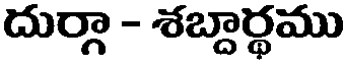
దుర్గా - శబ్దార్థము